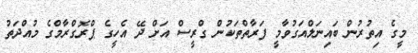
މީގެ އިތުރުން ބައިނަލްއަގުވާމީ ފަރާތްތަކުން ގްރީސް އަށް ދޭ އެހީގެ ޕްރޮގްރާމްގެ މުއްދަތު